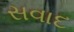
સવાદ